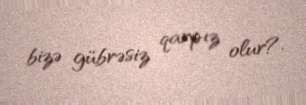
bizə gübrəsiz qarpız olur?.